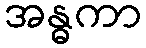
အန္ဓကာ